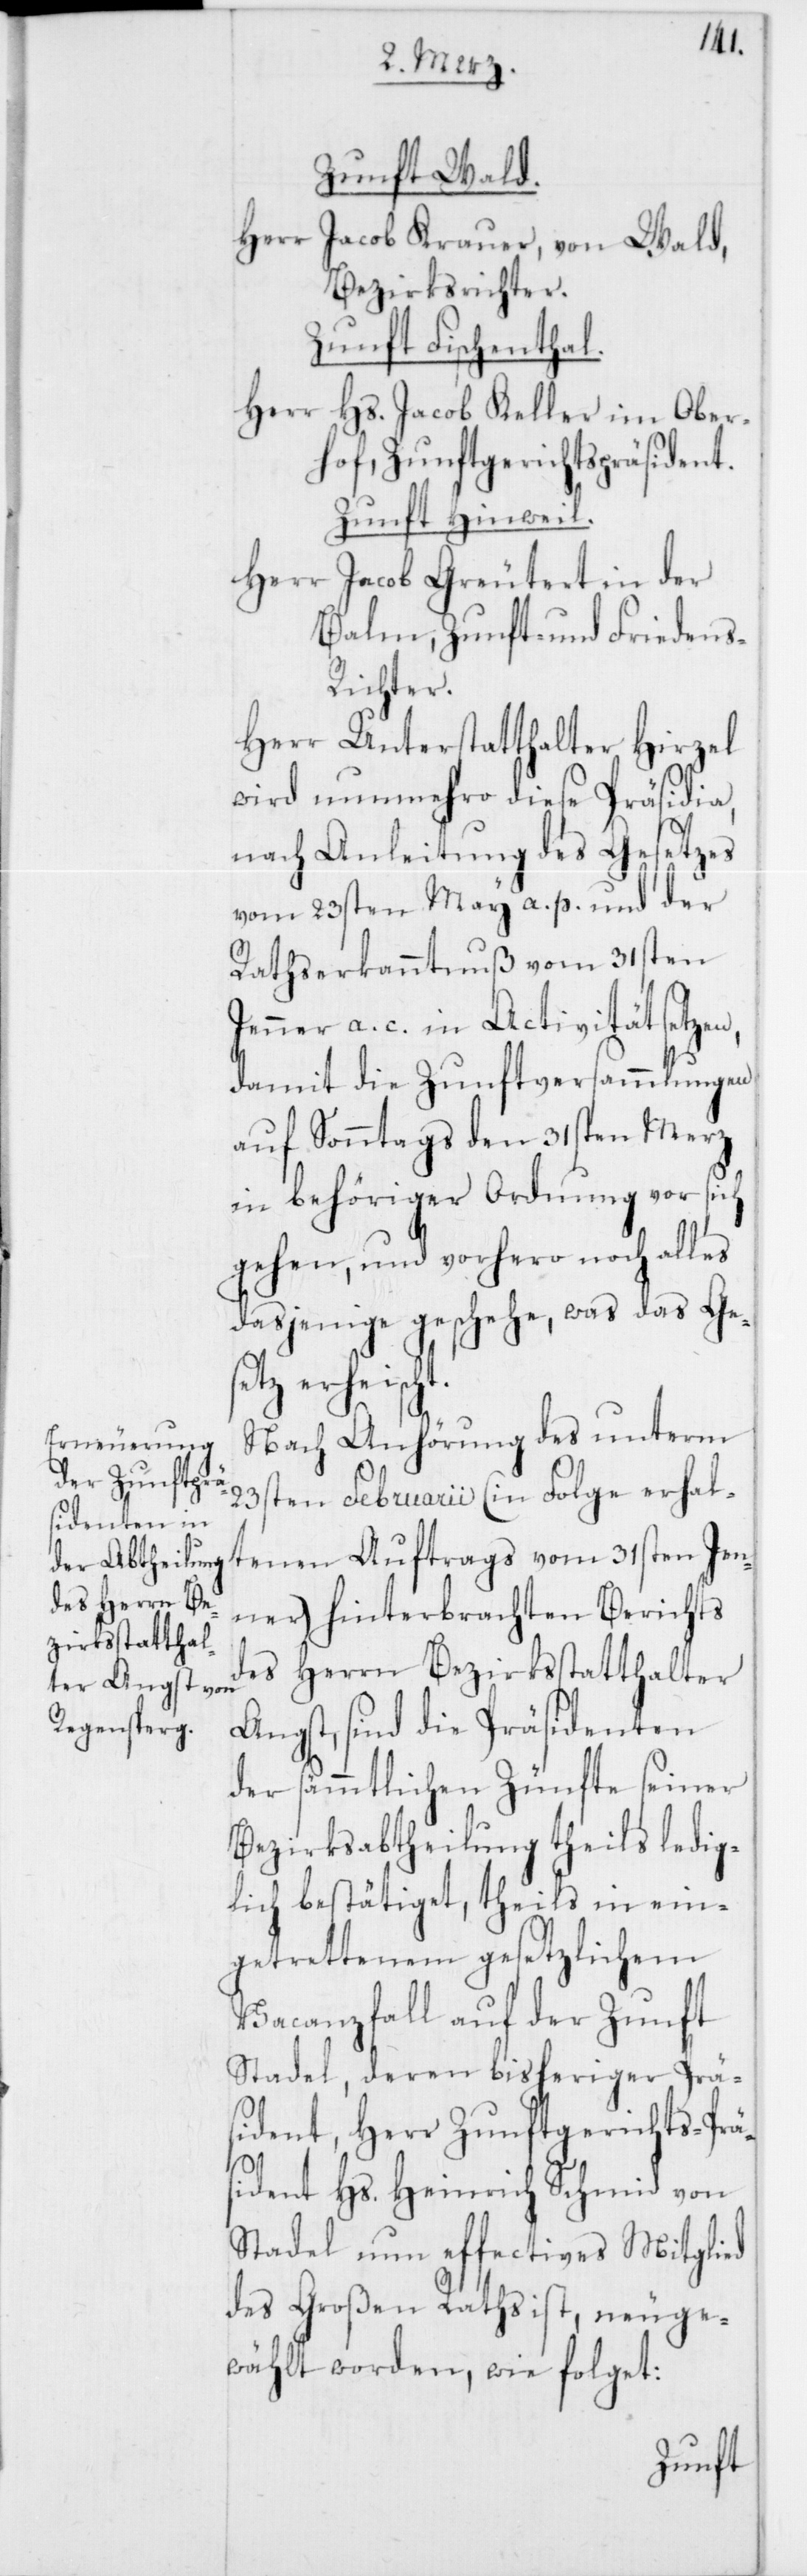
Zunft Wald.
Herr Jacob Krauer, von Wald,
Bezirksrichter.
Zunft Fischenthal.
Herr Hs. Jacob Keller im Ober¬
hof, Zunftgerichtspräsident.
Zunft Hinweil.
Herr Jacob Greutert, in der
Balm, Zunft- und Frieden¬
s-Richter.
Herr Unterstatthalter Hirzel
wird nunmehro diese Präsidia,
nach Anleitung des Gesetzes
vom 23sten May a. p. und der
Rathserkanntnuß vom 31sten
Jenner a. c. in Activität setzen,
damit die Zunftversammlungen
auf Sonntags den 31sten Merz
in behöriger Ordnung vor sich
gehen, und vorhero noch alles
dasjenige geschehe, was das Gese¬
tz erheischt.
Nach Anhörung des unterm
23sten Februarii (in Folge erhal¬
tenen Auftrags vom 31sten Jen¬
ner) hinterbrachten Berichts
des Herrn Bezirkstatthalter
Angst, sind die Präsidenten
der sämmtlichen Zünfte seiner
Bezirksabtheilung theils ledig¬
lich bestätiget, theils in ein¬
getrettenem gesetzlichem
Vacanzfall auf der Zunft
Stadel, deren bisheriger Prä¬
sident, Herr Zunftgerichts-Prä¬
sident Hs. Heinrich Schmid von
Stadel nun effectives Mitglied
des Großen Raths ist, neuge¬
wählt worden, wie folget: